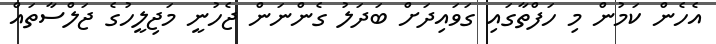
އެހެން ކަމުން މި ހަފްތާގައި ގަވައިދަށް ބަދަލު ގެންނަން ޖެހުނީ މަޖިލީހުގެ ޖަލްސާތައް